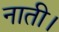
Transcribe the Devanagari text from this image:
नाती।